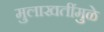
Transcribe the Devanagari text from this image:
मुलाखतींमुळे